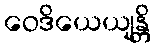
ဝေဒိယေယျန္တိ